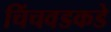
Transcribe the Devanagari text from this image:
चिंचवडकडे